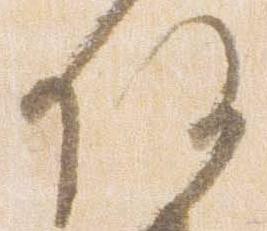
任